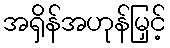
အရှိန်အဟုန်မြှင့်